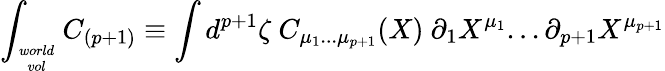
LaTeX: \int_{world\atop vol}C_{(p+1)}\equiv\int d^{p+1}\zeta\ C_{\mu_{1}...\mu_{p+1}}(X)\ \partial_{1}X^{\mu_{1}}...\partial_{{p+1}}X^{\mu_{p+1}}